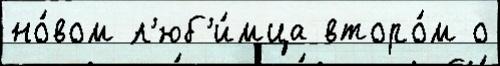
но́вом л'юб'и́мца второ́м о